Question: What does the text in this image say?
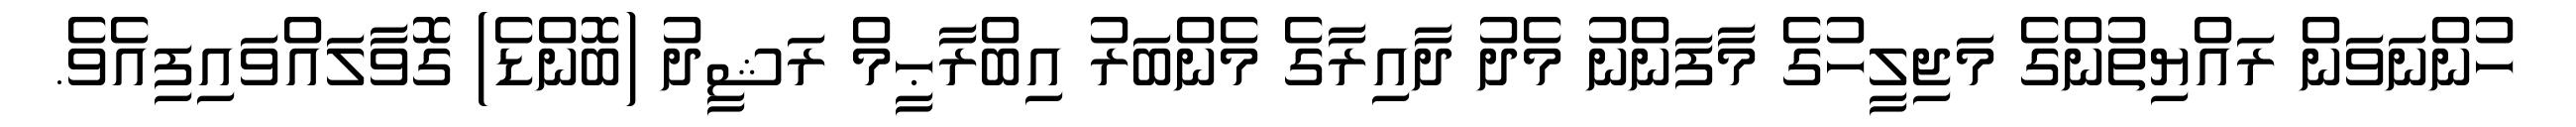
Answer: ހުންނަވަން ރައްޔިތުންގެ މަޖިލީހުގެ މާފަންނު މެދު ދާއިރާގެ މެންބަރު އިބްރާޙީމް ރަޝީދު (ބޮންޑެ) ގޮވާލައްވައިފިއެވެ.